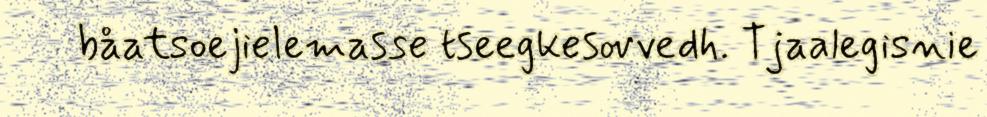
båatsoejielemasse tseegkesovvedh. Tjaalegisnie